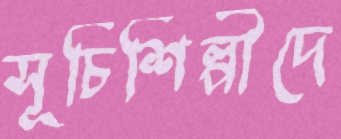
সূচিশিল্পীদে